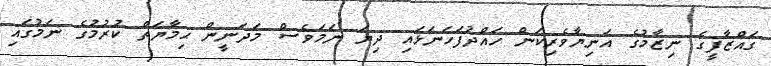
ގައްޒާފީގެ ނިޒާމުގެ އަނިޔާވެރިކަން ހައްދުފަހަނަޅައި ދިޔަ ނަމަވެސް މަދަނީން ޙިމާޔަތް ކުރުމުގެ ނަމުގައި